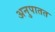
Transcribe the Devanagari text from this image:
अनुपातत